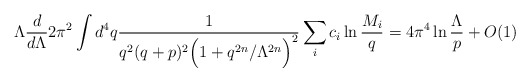
\begin{align*}\Lambda \frac{d}{d\Lambda}2\pi^2\int d^4q \frac{1}{q^2 (q+p)^2\Big(1+q^{2n}/\Lambda^{2n}\Big)^2}\sum\limits_i c_i \ln\frac{M_i}{q}= 4\pi^4 \ln \frac{\Lambda}{p} + O(1)\end{align*}